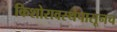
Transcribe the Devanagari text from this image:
किशोरावस्थेपासूनच